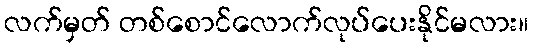
လက်မှတ် တစ်စောင်လောက်လုပ်ပေးနိုင်မလား။